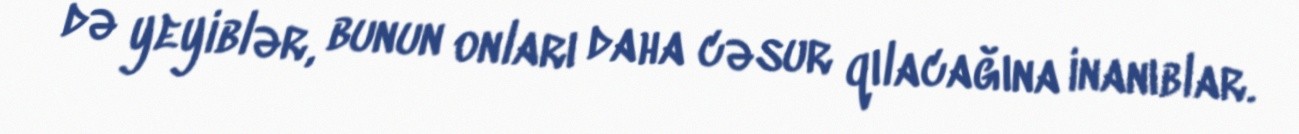
də yeyiblər, bunun onları daha cəsur qılacağına inanıblar.